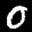
Label: 0